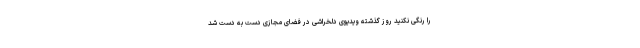
را رنگی نکنید روز گذشته ویدیوی دلخراشی در فضای مجازی دست به دست شد